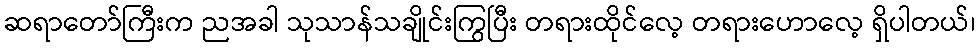
ဆရာတော်ကြီးက ညအခါ သုသာန်သချိုင်းကြွပြီး တရားထိုင်လေ့ တရားဟောလေ့ ရှိပါတယ်၊